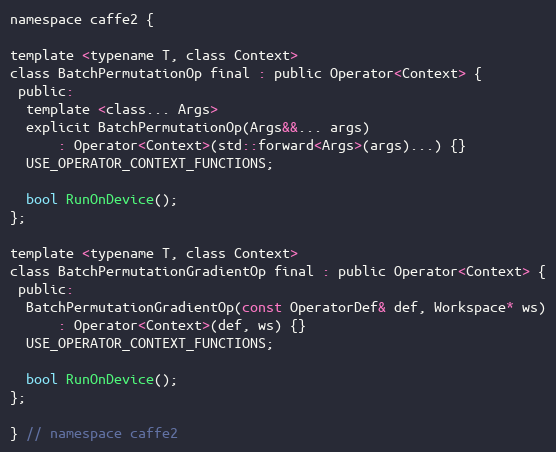
Language: C
namespace caffe2 {

template <typename T, class Context>
class BatchPermutationOp final : public Operator<Context> {
 public:
  template <class... Args>
  explicit BatchPermutationOp(Args&&... args)
      : Operator<Context>(std::forward<Args>(args)...) {}
  USE_OPERATOR_CONTEXT_FUNCTIONS;

  bool RunOnDevice();
};

template <typename T, class Context>
class BatchPermutationGradientOp final : public Operator<Context> {
 public:
  BatchPermutationGradientOp(const OperatorDef& def, Workspace* ws)
      : Operator<Context>(def, ws) {}
  USE_OPERATOR_CONTEXT_FUNCTIONS;

  bool RunOnDevice();
};

} // namespace caffe2